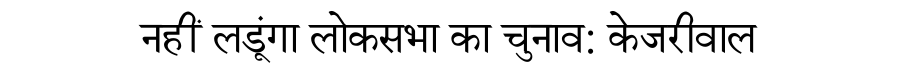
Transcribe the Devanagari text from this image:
नहीं लडूंगा लोकसभा का चुनाव: केजरीवाल